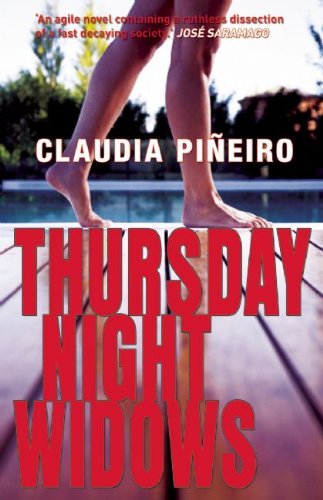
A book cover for Thursday Night Widows; Claudia PiÃ±eiro; Mystery, Thriller & Suspense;